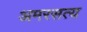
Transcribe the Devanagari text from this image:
अमरसत्य